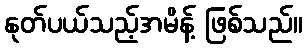
နုတ်ပယ်သည့်အမိန့် ဖြစ်သည်။